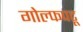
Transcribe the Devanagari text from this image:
गोल्फपटू